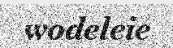
wodeleie